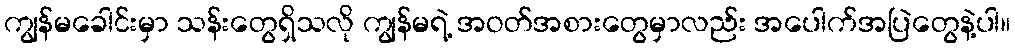
ကျွန်မခေါင်းမှာ သန်းတွေရှိသလို ကျွန်မရဲ့ အဝတ်အစားတွေမှာလည်း အပေါက်အပြဲတွေနဲ့ပါ။